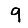
Digit: 9